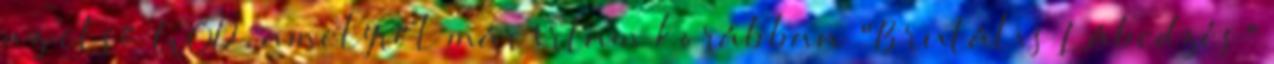
az első WOD, amelyről már írtam korábban "Brutális Lábedzés"